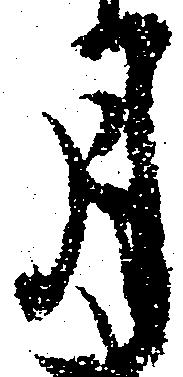
月